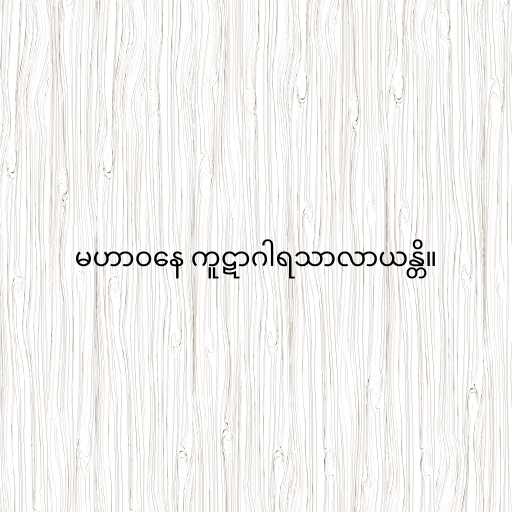
မဟာဝနေ ကူဋာဂါရသာလာယန္တိ။